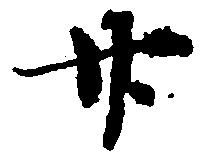
廿